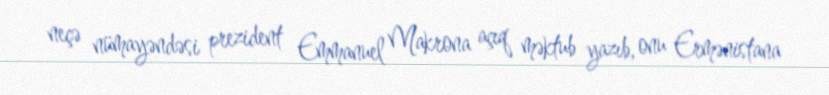
neçə nümayəndəsi prezident Emmanuel Makrona açıq məktub yazıb, onu Ermənistana